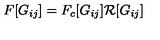
F [ G _ { i j } ] = F _ { c } [ G _ { i j } ] \mathcal R [ G _ { i j } ]